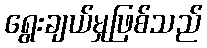
ရွေးချယ်မှုဖြစ်သည်